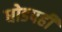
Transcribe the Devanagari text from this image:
धोडपही